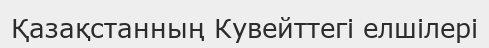
Қазақстанның Кувейттегі елшілері